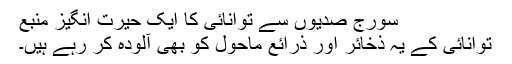
سورج صدیوں سے توانائی کا ایک حیرت انگیز منبع
توانائی کے یہ ذخائر اور ذرائع ماحول کو بھی آلودہ کر رہے ہیں۔